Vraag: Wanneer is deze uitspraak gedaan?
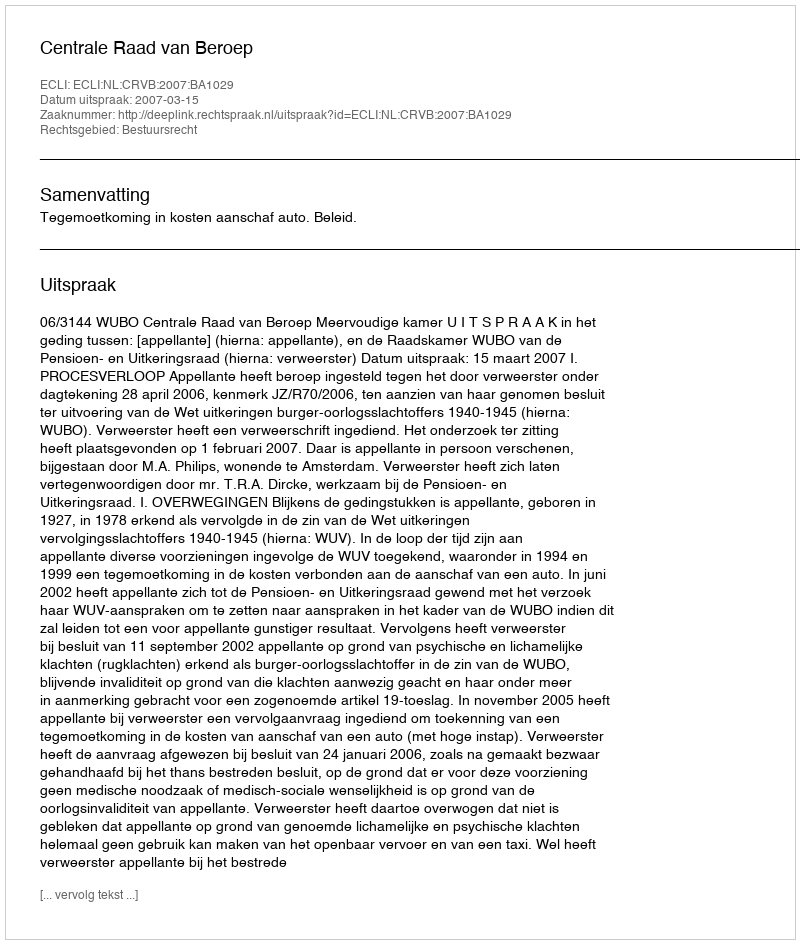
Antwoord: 2007-03-15